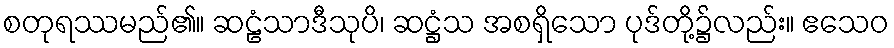
စတုရဿမည်၏။ ဆဠံသာဒီသုပိ၊ ဆဋ္ဌံသ အစရှိသော ပုဒ်တို့၌လည်း။ ဧသေဝ